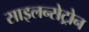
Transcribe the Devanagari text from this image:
साइलन्सेट्रोन